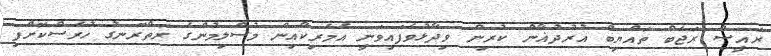
ރައީސް ރަޖަބް ތައްޔިބް އުރުދުޣާން ކުރިން ވިދާޅުވެފައިވަނީ އެމެރިކާއިން މުސްލިމުންގެ ރަތްރޮނގު ހުރަސްކޮށްފި